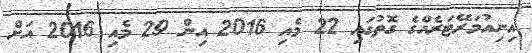
އިނިއުމަރޭޓަރެއްގެ ގޮތުގައި 22 މެއި 2016 އިން 29 މެއި 2016 އަށް